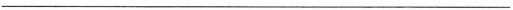
___